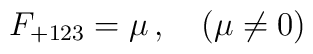
F_{+123} = \mu\, ,\quad (\mu \neq 0)